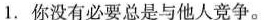
1.你没有必要总是与他人竟争.